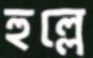
হুল্লে